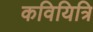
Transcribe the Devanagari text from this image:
कवियित्रि